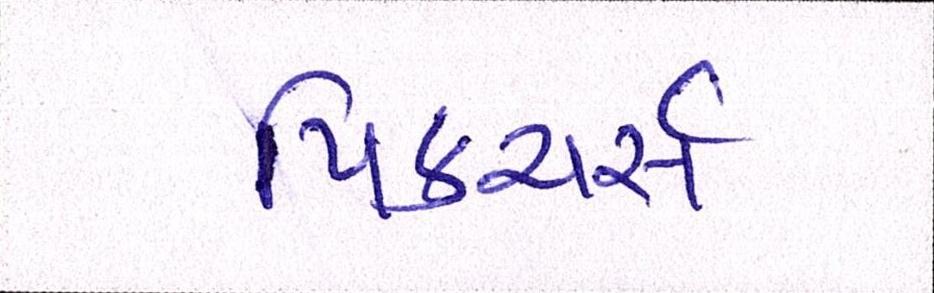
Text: પિક્ચર્સ